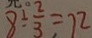
8 \div \frac { 2 } { 3 } = 1 2